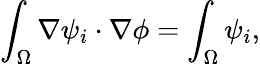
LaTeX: \int_{\Omega}\nabla\psi_{i}\cdot\nabla\phi=\int_{\Omega}\psi_{i},